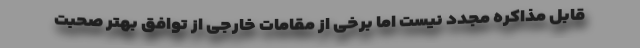
قابل مذاکره مجدد نیست اما برخی از مقامات خارجی از توافق بهتر صحبت